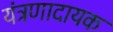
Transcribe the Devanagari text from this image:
यंत्रणादायक